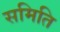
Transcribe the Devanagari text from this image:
समिति